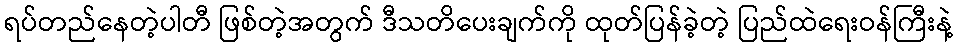
ရပ်တည်နေတဲ့ပါတီ ဖြစ်တဲ့အတွက် ဒီသတိပေးချက်ကို ထုတ်ပြန်ခဲ့တဲ့ ပြည်ထဲရေးဝန်ကြီးနဲ့